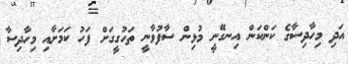
އަދި މިހާދިސާގެ ކަންކަން އިނގޭނީ މުޅިން ސާފުވާނީ ތަހުގީގަށް ފަހު ކަމަށާއި މިހާދިސާ